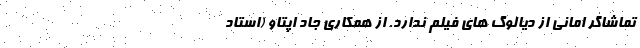
تماشاگر امانی از دیالوگ های فیلم ندارد. از همکاری جاد اپتاو (استاد